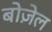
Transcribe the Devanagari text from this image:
बोज़ेल